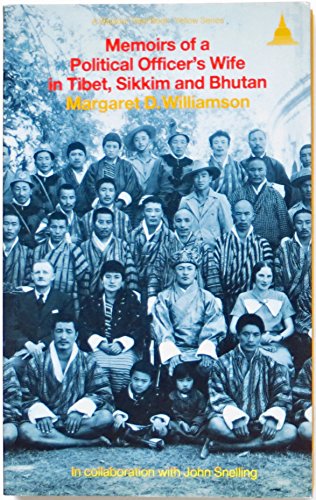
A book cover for Memoirs of a Political Officer's Wife: in Tibet, Sikkim and Bhutan (Chronicles of an Age of Darkness); Margaret D. Williamson; Travel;